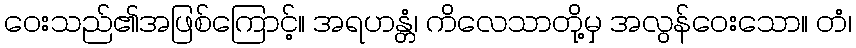
ဝေးသည်၏အဖြစ်ကြောင့်။ အရဟန္တံ၊ ကိလေသာတို့မှ အလွန်ဝေးသော။ တံ၊